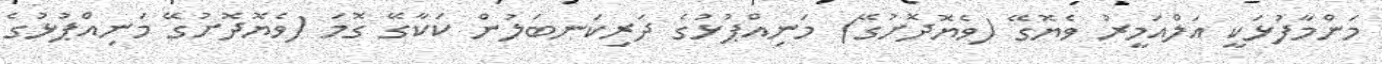
މަންމާފުޅަކީ އަލްއަމީރު ވެޔޮގޭ (ވެޔޮދޮށުގޭ) މަނިއްޕުޅުގެ ދަރިކަނބަލުން ކަކާގޭ ގޮމަ (ވެޔޮދޮށުގޭ މަނިއްޕުޅުގެ